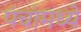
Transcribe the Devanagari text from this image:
पंचांमध्ये